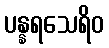
ပန္နရသေရိဝ